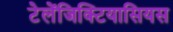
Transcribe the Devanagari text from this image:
टेलेंजिक्टियासियस